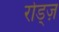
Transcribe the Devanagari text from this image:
रोड्ज़